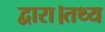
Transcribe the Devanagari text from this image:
द्वारा।तथ्य